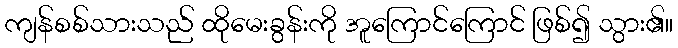
ကျန်စစ်သားသည် ထိုမေးခွန်းကို အူကြောင်ကြောင် ဖြစ်၍ သွား၏။